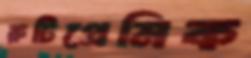
রুটিপ্রেমিক